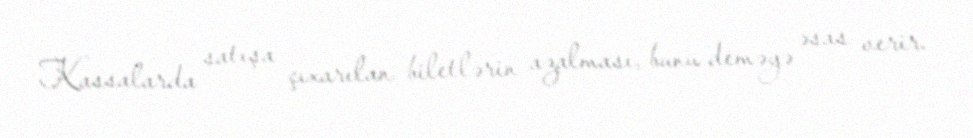
Kassalarda satışa çıxarılan biletlərin azalması, bunu deməyə əsas verir.